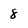
Character: 8